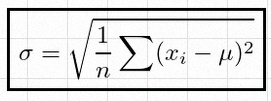
\sigma=\sqrt{\frac1n\sum(x_i-\mu)^2}